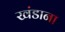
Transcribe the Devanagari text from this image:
खंडाना